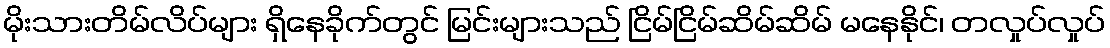
မိုးသားတိမ်လိပ်များ ရှိနေခိုက်တွင် မြင်းများသည် ငြိမ်ငြိမ်ဆိမ်ဆိမ် မနေနိုင်၊ တလှုပ်လှုပ်